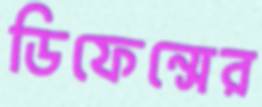
ডিফেন্সের